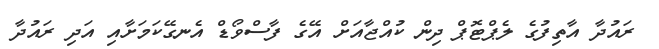
ރައުދާ އާތިފުގެ ލެޕްޓޮޕް ދިން ކުއްޖާއަށް އޭގެ ފާސްވޯޑް އެނގޭކަމަށާއި އަދި ރައުދާ